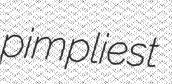
pimpliest